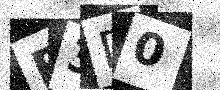
Text: B3D0